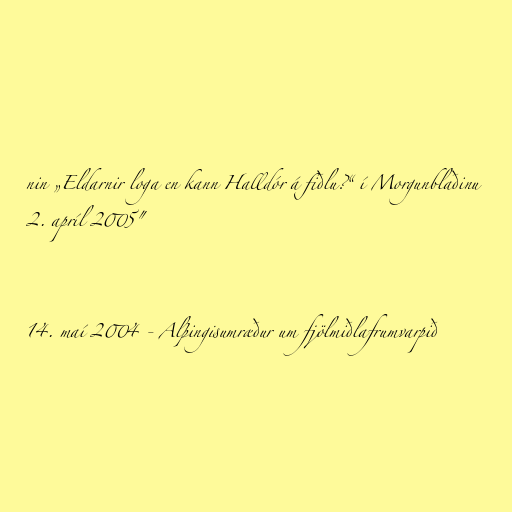
nin „Eldarnir loga en kann Halldór á fiðlu?“ í Morgunblaðinu
2. apríl 2005"

14. maí 2004 - Alþingisumræður um fjölmiðlafrumvarpið